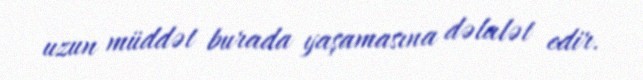
uzun müddət burada yaşamasına dəlalət edir.